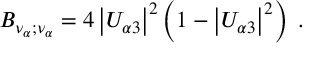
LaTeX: B _ { \nu _ { \alpha } ; \nu _ { \alpha } } = 4 \left| U _ { \alpha 3 } \right| ^ { 2 } \left( 1 - \left| U _ { \alpha 3 } \right| ^ { 2 } \right) \; .